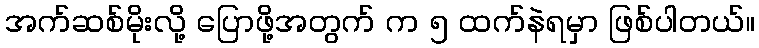
အက်ဆစ်မိုးလို့ ပြောဖို့အတွက် က ၅ ထက်နဲရမှာ ဖြစ်ပါတယ်။